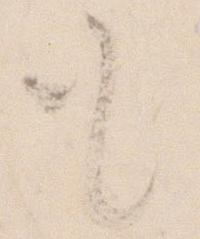
も